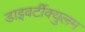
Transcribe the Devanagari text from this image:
डाइवर्टीक्युलम